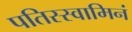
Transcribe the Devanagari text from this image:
पतिस्स्वामिनं